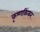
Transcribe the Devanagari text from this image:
कृष्णकिंकर